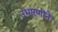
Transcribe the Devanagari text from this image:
उभारणीने